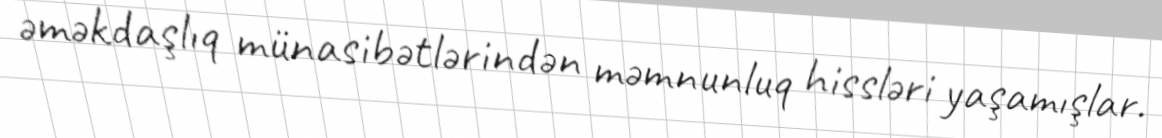
əməkdaşlıq münasibətlərindən məmnunluq hissləri yaşamışlar.